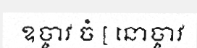
ឧច្ចាវ ចំ [ នោច្ចាវ